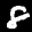
Label: 8